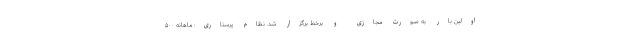
اولین بار به صورت مجازی و برخط برگزار شد. نظام پرستاری: ماهانه ۵۰۰